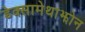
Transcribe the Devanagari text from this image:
डेक्सामेथाझोन